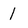
Character: 1